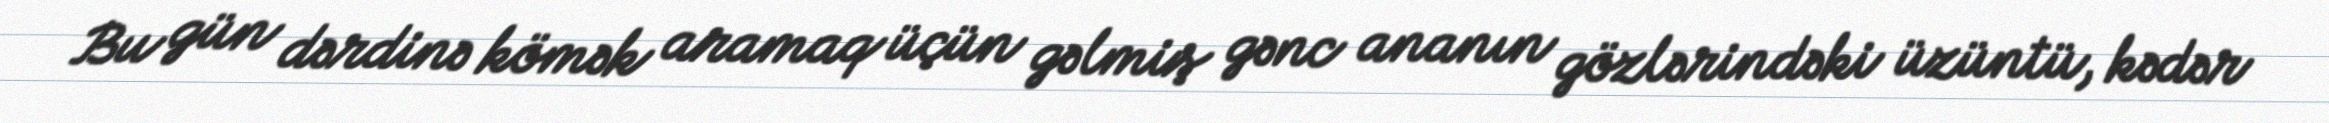
Bu gün dərdinə kömək aramaq üçün gəlmiş gənc ananın gözlərindəki üzüntü, kədər